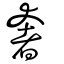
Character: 奢